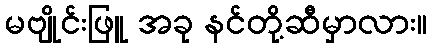
မဗျိုင်းဖြူ အခု နင်တို့ဆီမှာလား။